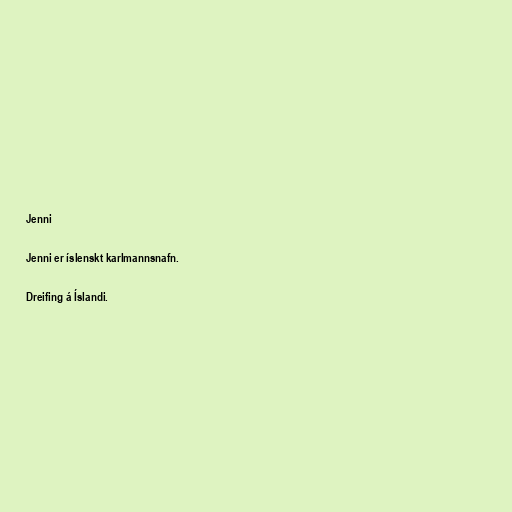
Jenni

Jenni er íslenskt karlmannsnafn.

Dreifing á Íslandi.